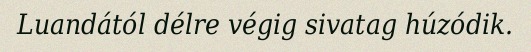
Luandától délre végig sivatag húzódik.